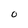
Character: O